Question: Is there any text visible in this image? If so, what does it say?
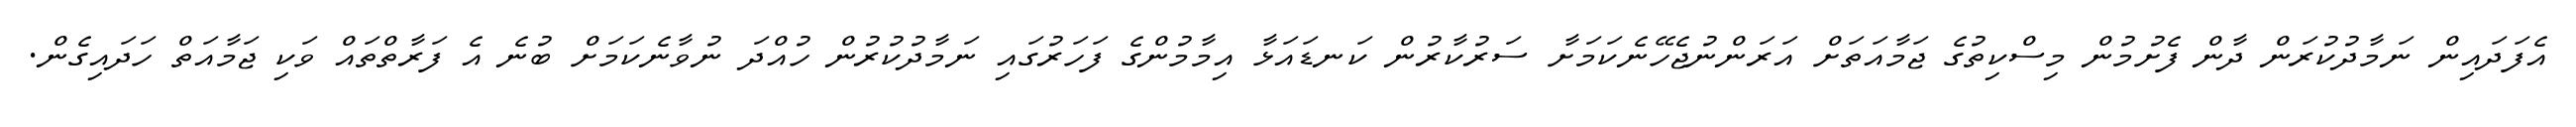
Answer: އެފަދައިން ނަމާދުކުރަން ދާން ފެށުމުން މިސްކިތުގެ ޖަމާއަތަށް އަރަންނުޖެހޭނެކަމަށާ ސަރުކާރުން ކަނޑައަޅާ އިމާމުންގެ ފަހަރުގައި ނަމާދުކުރުން ހުއްދަ ނުވާނެކަމަށް ބުނެ އެ ފަރާތްތައް ވަކި ޖަމާއަތް ހަދައިގެން.